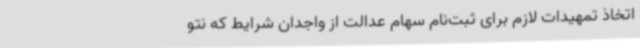
اتخاذ تمهیدات لازم برای ثبت‌نام سهام عدالت از واجدان شرایط که نتو